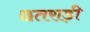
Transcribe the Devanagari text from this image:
छतराड़ी